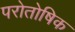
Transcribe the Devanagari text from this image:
परोतोषिक